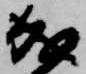
成